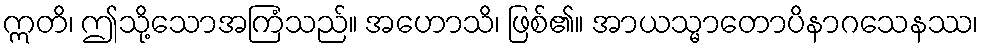
ဣတိ၊ ဤသို့သောအကြံသည်။ အဟောသိ၊ ဖြစ်၏။ အာယသ္မာတောပိနာဂသေနဿ၊